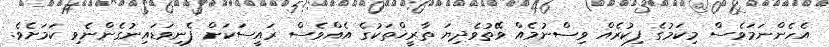
އެހެންނަމަވެސް މިކަމުގެ ފިކުރެއް ވިސްނުމެއް ވޭތުވެދިޔަ ތާރީޚްތަކުގެ އެއްވެސް ރައީސަކަށް ފެނިވަޑައިނުގެންނެވި ކަމަށެވެ.